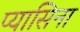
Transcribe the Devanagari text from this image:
प्यासिना